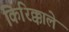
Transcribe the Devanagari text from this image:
किरिक्काले